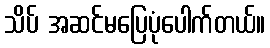
သိပ် အဆင်မပြေပုံပေါက်တယ်။